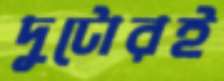
দুটোরই